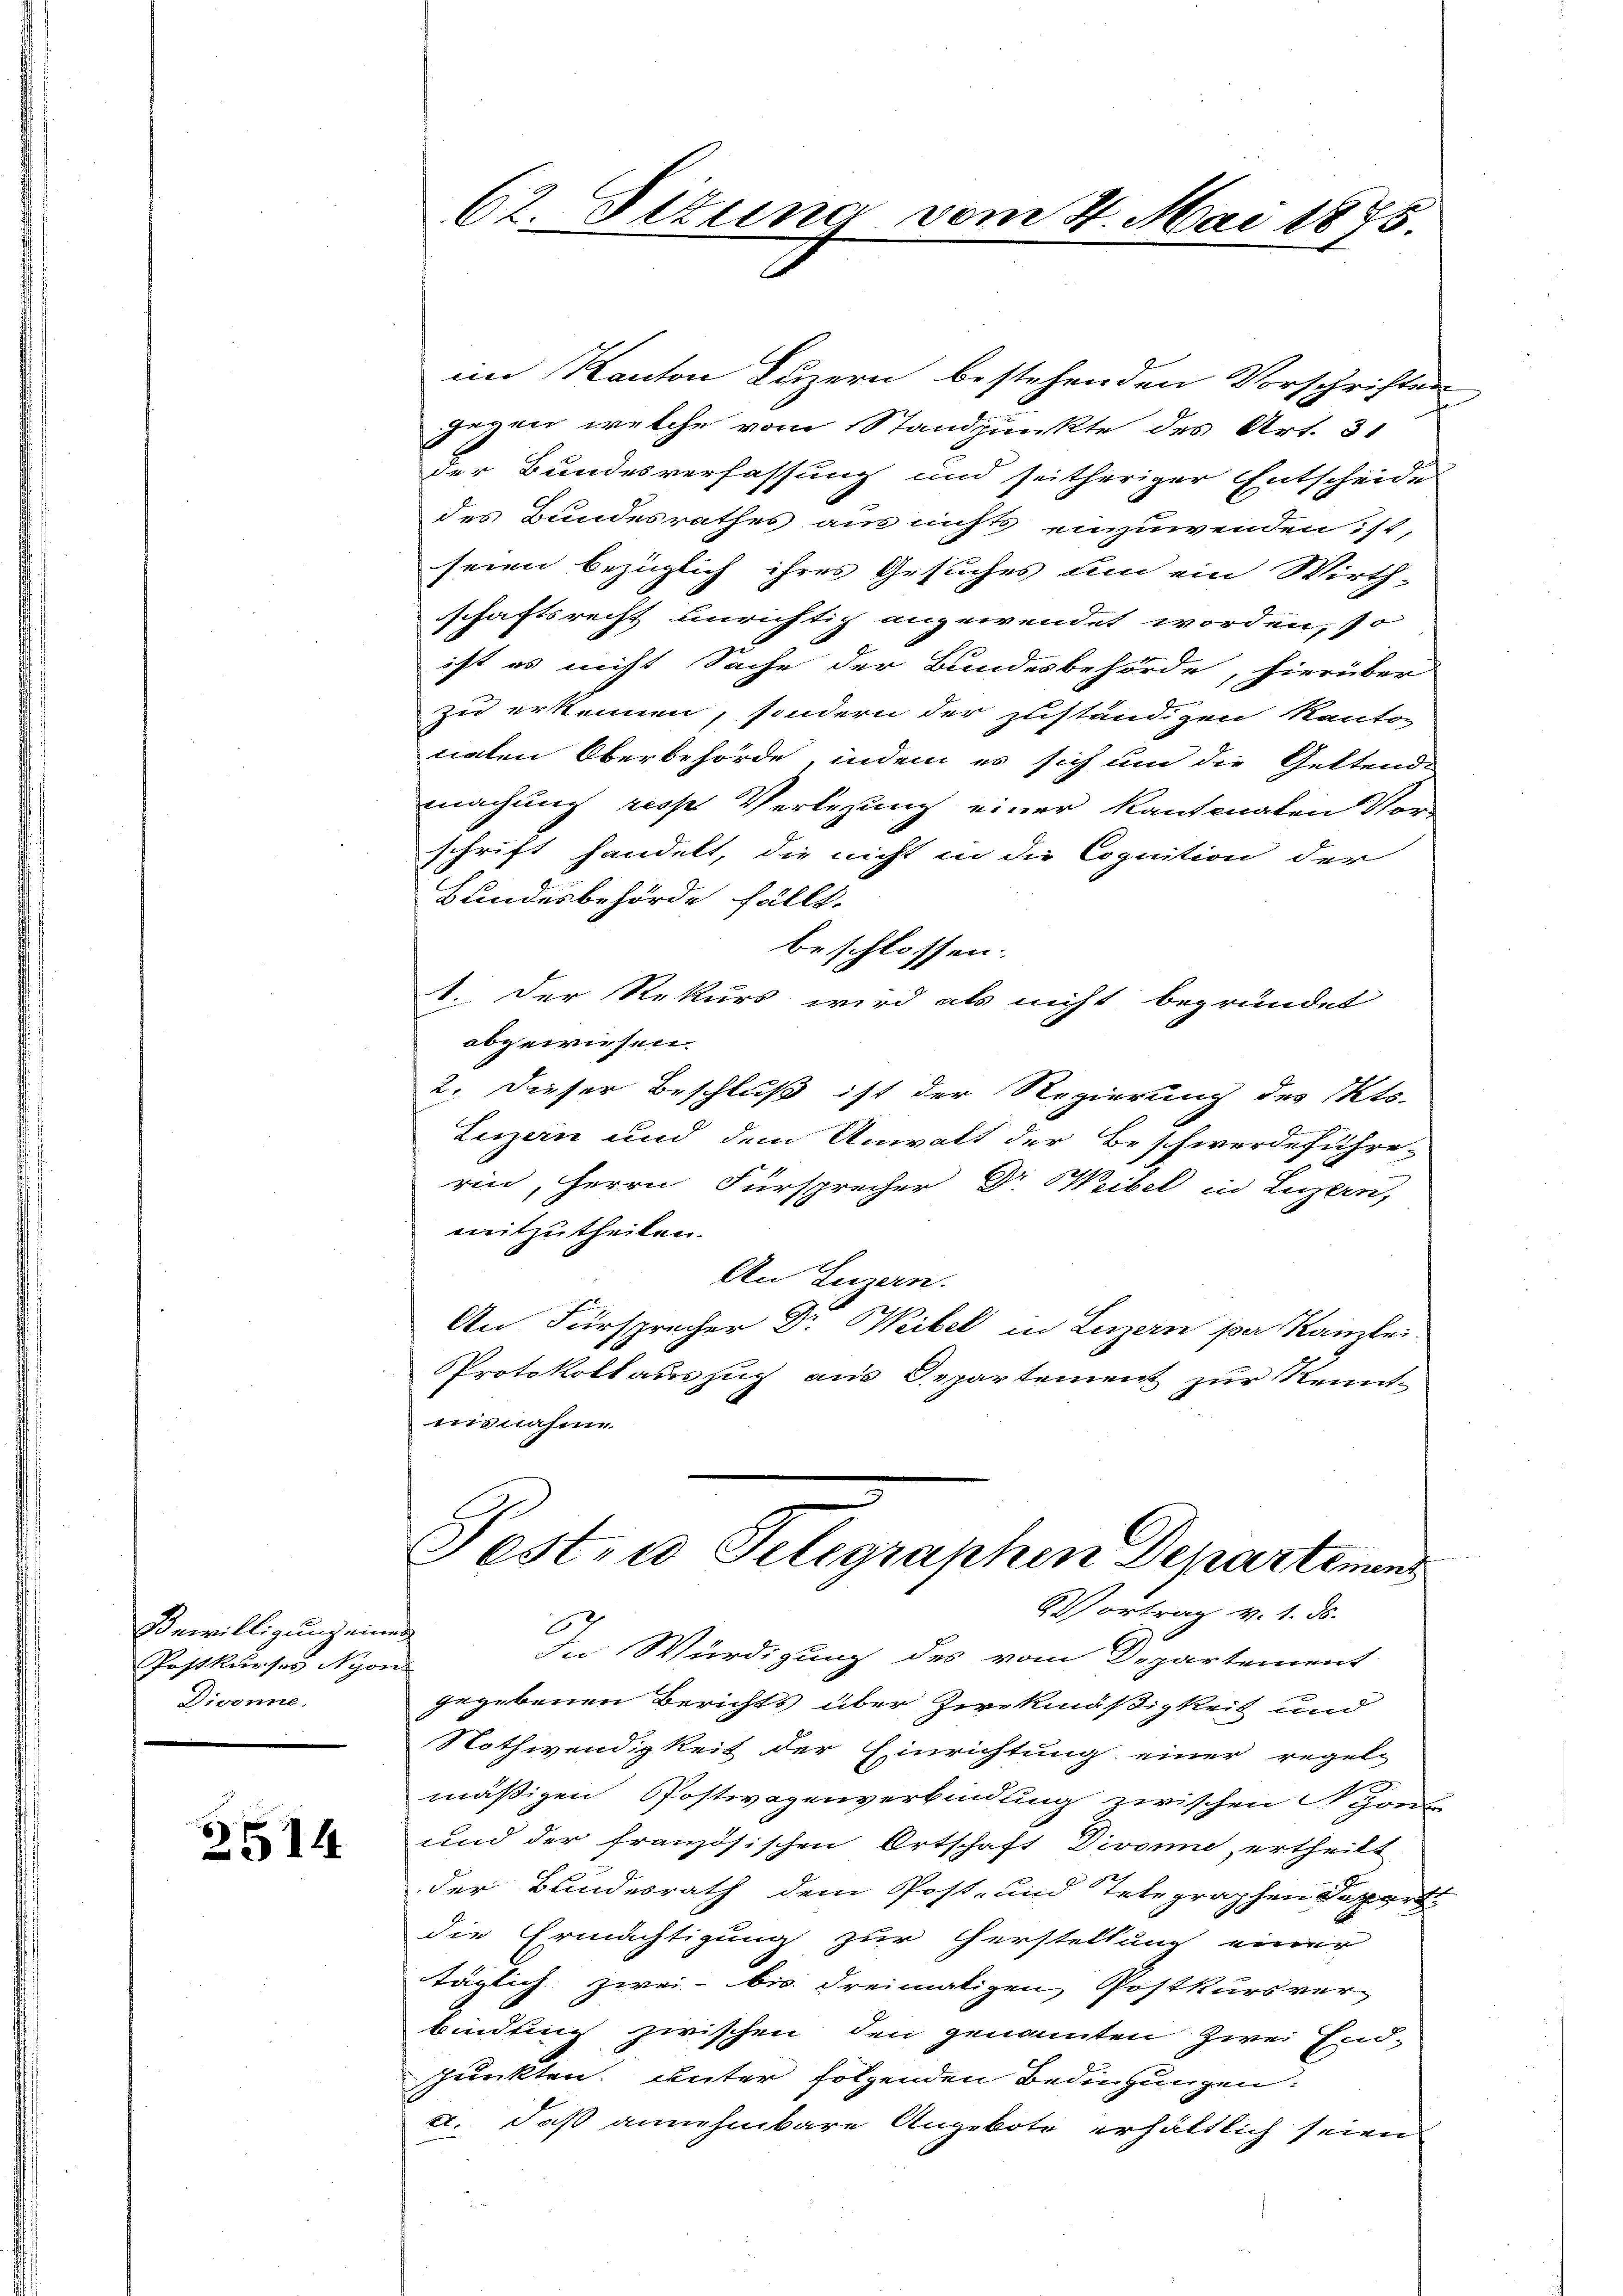
Bewilligung einen
Postkurses Nyon
Divonne.

2514

62. Situng vom 4. Mai 1885.

im Kanton Luzern bestehenden Vorschriften
gegen welche vom Standpunkte des Art. 31
der Bundesverfassung und seitheriger Entscheide
des Bundesrathes aus nichts einzuwenden ist,
seien bezüglich ihres Gesuches um ein Wirth-
schaftsrecht unrichtig angewendet worden, so
ist es nicht Sache der Bundesbehörde, hierüber
zu erkennen, sondern der zuständigen Kanton
nalen Oberbehörde, indem es sich um die Geltende
machung resp. Verlegung einer Kantonalen Vorschrift handelt, die nicht in die Cognition der
Bundesbehörde füllt.
beschlossen:
1. Der Rekurs wird als nicht begründet
abgewiesen.
2. Dieser Beschluß ist der Regierung des Kts.
Luzern und dem Anwalt der Beschwerdeführe-
e
rin, Herrn Fürsprecher Dr. Weibel in Luzern,
mitzutheilen.
An Luzern.
An Fürsprecher Dr Weibel in Luzern per Kanzlei.
Protokollauszug aus Departement zur Kennt-
nisnahme
Post, wo Telegraphen Departemen
Vortrag v. 1. ds.
E
In Würdigung des vom Departement
gegebenen Berichts über Zweckmäßigkeit und
Nothwendigkeit der Einrichtung einer regel-
mäßigen Postwagenverbindung zwischen Nyon
und der französischen Ortschaft Divonie, ertheilt
der Bundesrath dem Post- und Telegraphen Departi
die Ermächtigung zur Herstellung einer
täglich zwei bis dreimaligen Postkursverbindung zwischen den genannten Zwei Endpunkten, unter folgenden Bedingungen:
a. daß annehmbare Angebote erhältlich seien